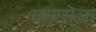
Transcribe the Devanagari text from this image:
गायलेला